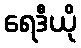
ရေဒီယို